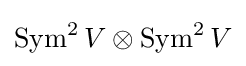
\operatorname {Sym} ^{2}V\otimes \operatorname {Sym} ^{2}V